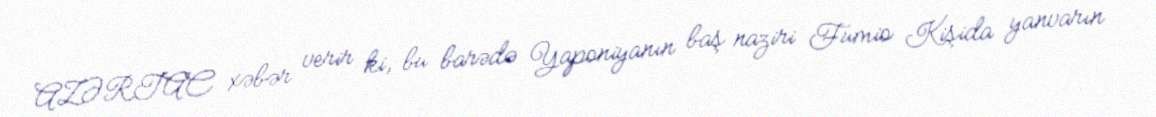
AZƏRTAC xəbər verir ki, bu barədə Yaponiyanın baş naziri Fumio Kişida yanvarın